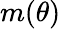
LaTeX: m({\theta})